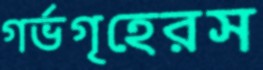
গর্ভগৃহেরস